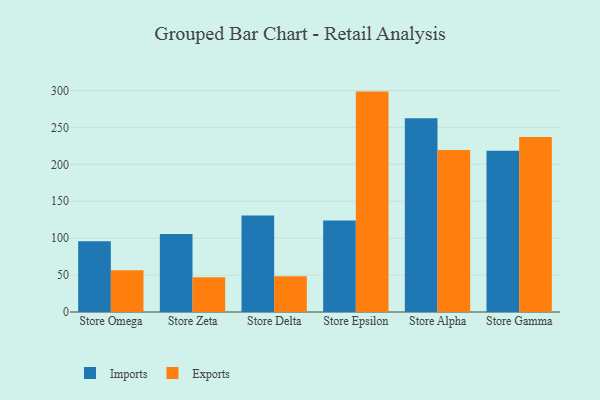
{"axis": {"x": "Store", "y": "Budget (USD K)"}, "legend": ["Exports", "Imports"], "data": [{"x": "Store Omega", "y": 95.7, "type": "Imports"}, {"x": "Store Omega", "y": 56.6, "type": "Exports"}, {"x": "Store Zeta", "y": 105.7, "type": "Imports"}, {"x": "Store Zeta", "y": 46.9, "type": "Exports"}, {"x": "Store Delta", "y": 130.8, "type": "Imports"}, {"x": "Store Delta", "y": 48.4, "type": "Exports"}, {"x": "Store Epsilon", "y": 123.9, "type": "Imports"}, {"x": "Store Epsilon", "y": 298.5, "type": "Exports"}, {"x": "Store Alpha", "y": 262.5, "type": "Imports"}, {"x": "Store Alpha", "y": 219.4, "type": "Exports"}, {"x": "Store Gamma", "y": 218.4, "type": "Imports"}, {"x": "Store Gamma", "y": 236.9, "type": "Exports"}]}